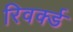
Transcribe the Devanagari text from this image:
रिवर्क्ड